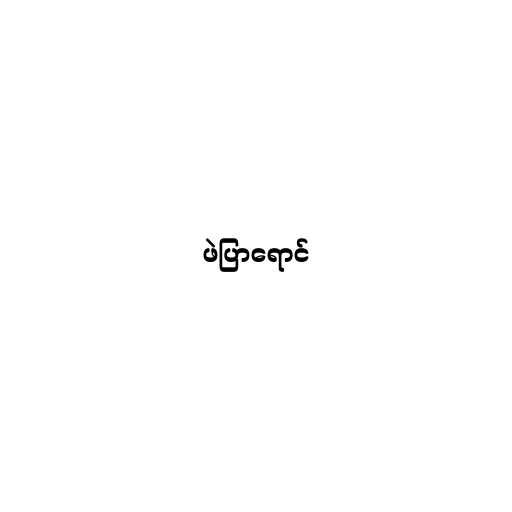
ဖဲပြာရောင်